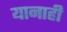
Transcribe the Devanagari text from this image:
यानाही